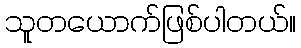
သူတယောက်ဖြစ်ပါတယ်။